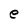
Character: e